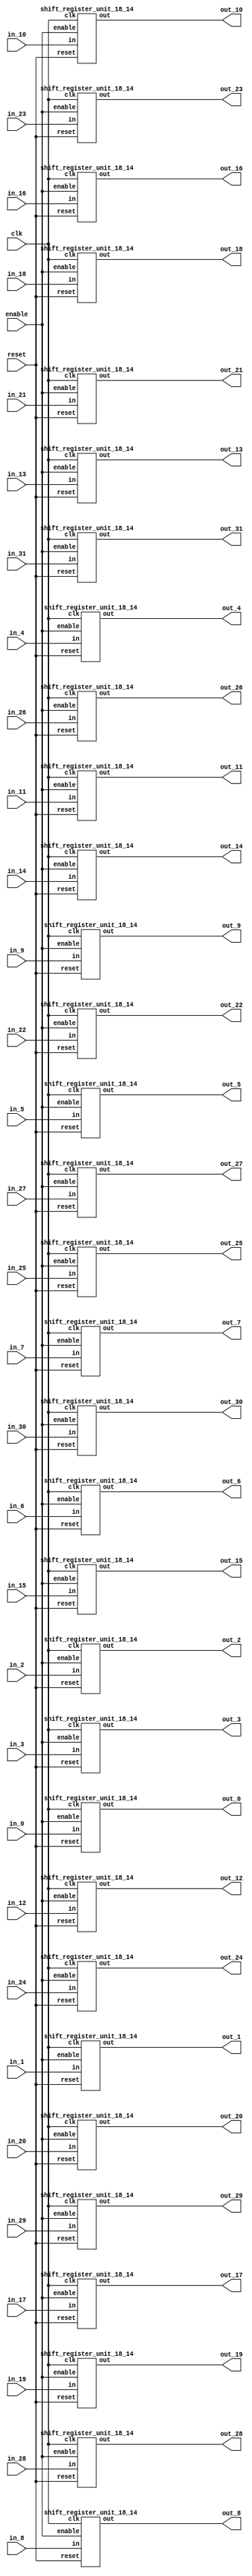
`define SIMULATION_MEMORY

module shift_register_group_18_32_14 (
	input clk,
	input enable,
	input [17:0] in_0,
	output [17:0] out_0,
	input [17:0] in_1,
	output [17:0] out_1,
	input [17:0] in_2,
	output [17:0] out_2,
	input [17:0] in_3,
	output [17:0] out_3,
	input [17:0] in_4,
	output [17:0] out_4,
	input [17:0] in_5,
	output [17:0] out_5,
	input [17:0] in_6,
	output [17:0] out_6,
	input [17:0] in_7,
	output [17:0] out_7,
	input [17:0] in_8,
	output [17:0] out_8,
	input [17:0] in_9,
	output [17:0] out_9,
	input [17:0] in_10,
	output [17:0] out_10,
	input [17:0] in_11,
	output [17:0] out_11,
	input [17:0] in_12,
	output [17:0] out_12,
	input [17:0] in_13,
	output [17:0] out_13,
	input [17:0] in_14,
	output [17:0] out_14,
	input [17:0] in_15,
	output [17:0] out_15,
	input [17:0] in_16,
	output [17:0] out_16,
	input [17:0] in_17,
	output [17:0] out_17,
	input [17:0] in_18,
	output [17:0] out_18,
	input [17:0] in_19,
	output [17:0] out_19,
	input [17:0] in_20,
	output [17:0] out_20,
	input [17:0] in_21,
	output [17:0] out_21,
	input [17:0] in_22,
	output [17:0] out_22,
	input [17:0] in_23,
	output [17:0] out_23,
	input [17:0] in_24,
	output [17:0] out_24,
	input [17:0] in_25,
	output [17:0] out_25,
	input [17:0] in_26,
	output [17:0] out_26,
	input [17:0] in_27,
	output [17:0] out_27,
	input [17:0] in_28,
	output [17:0] out_28,
	input [17:0] in_29,
	output [17:0] out_29,
	input [17:0] in_30,
	output [17:0] out_30,
	input [17:0] in_31,
	output [17:0] out_31,
	input reset
);

shift_register_unit_18_14 shift_register_unit_18_14_inst_0 (
	.clk(clk),
	.reset(reset),
	.enable(enable),
	.in(in_0),
	.out(out_0)
);

shift_register_unit_18_14 shift_register_unit_18_14_inst_1 (
	.clk(clk),
	.reset(reset),
	.enable(enable),
	.in(in_1),
	.out(out_1)
);

shift_register_unit_18_14 shift_register_unit_18_14_inst_2 (
	.clk(clk),
	.reset(reset),
	.enable(enable),
	.in(in_2),
	.out(out_2)
);

shift_register_unit_18_14 shift_register_unit_18_14_inst_3 (
	.clk(clk),
	.reset(reset),
	.enable(enable),
	.in(in_3),
	.out(out_3)
);

shift_register_unit_18_14 shift_register_unit_18_14_inst_4 (
	.clk(clk),
	.reset(reset),
	.enable(enable),
	.in(in_4),
	.out(out_4)
);

shift_register_unit_18_14 shift_register_unit_18_14_inst_5 (
	.clk(clk),
	.reset(reset),
	.enable(enable),
	.in(in_5),
	.out(out_5)
);

shift_register_unit_18_14 shift_register_unit_18_14_inst_6 (
	.clk(clk),
	.reset(reset),
	.enable(enable),
	.in(in_6),
	.out(out_6)
);

shift_register_unit_18_14 shift_register_unit_18_14_inst_7 (
	.clk(clk),
	.reset(reset),
	.enable(enable),
	.in(in_7),
	.out(out_7)
);

shift_register_unit_18_14 shift_register_unit_18_14_inst_8 (
	.clk(clk),
	.reset(reset),
	.enable(enable),
	.in(in_8),
	.out(out_8)
);

shift_register_unit_18_14 shift_register_unit_18_14_inst_9 (
	.clk(clk),
	.reset(reset),
	.enable(enable),
	.in(in_9),
	.out(out_9)
);

shift_register_unit_18_14 shift_register_unit_18_14_inst_10 (
	.clk(clk),
	.reset(reset),
	.enable(enable),
	.in(in_10),
	.out(out_10)
);

shift_register_unit_18_14 shift_register_unit_18_14_inst_11 (
	.clk(clk),
	.reset(reset),
	.enable(enable),
	.in(in_11),
	.out(out_11)
);

shift_register_unit_18_14 shift_register_unit_18_14_inst_12 (
	.clk(clk),
	.reset(reset),
	.enable(enable),
	.in(in_12),
	.out(out_12)
);

shift_register_unit_18_14 shift_register_unit_18_14_inst_13 (
	.clk(clk),
	.reset(reset),
	.enable(enable),
	.in(in_13),
	.out(out_13)
);

shift_register_unit_18_14 shift_register_unit_18_14_inst_14 (
	.clk(clk),
	.reset(reset),
	.enable(enable),
	.in(in_14),
	.out(out_14)
);

shift_register_unit_18_14 shift_register_unit_18_14_inst_15 (
	.clk(clk),
	.reset(reset),
	.enable(enable),
	.in(in_15),
	.out(out_15)
);

shift_register_unit_18_14 shift_register_unit_18_14_inst_16 (
	.clk(clk),
	.reset(reset),
	.enable(enable),
	.in(in_16),
	.out(out_16)
);

shift_register_unit_18_14 shift_register_unit_18_14_inst_17 (
	.clk(clk),
	.reset(reset),
	.enable(enable),
	.in(in_17),
	.out(out_17)
);

shift_register_unit_18_14 shift_register_unit_18_14_inst_18 (
	.clk(clk),
	.reset(reset),
	.enable(enable),
	.in(in_18),
	.out(out_18)
);

shift_register_unit_18_14 shift_register_unit_18_14_inst_19 (
	.clk(clk),
	.reset(reset),
	.enable(enable),
	.in(in_19),
	.out(out_19)
);

shift_register_unit_18_14 shift_register_unit_18_14_inst_20 (
	.clk(clk),
	.reset(reset),
	.enable(enable),
	.in(in_20),
	.out(out_20)
);

shift_register_unit_18_14 shift_register_unit_18_14_inst_21 (
	.clk(clk),
	.reset(reset),
	.enable(enable),
	.in(in_21),
	.out(out_21)
);

shift_register_unit_18_14 shift_register_unit_18_14_inst_22 (
	.clk(clk),
	.reset(reset),
	.enable(enable),
	.in(in_22),
	.out(out_22)
);

shift_register_unit_18_14 shift_register_unit_18_14_inst_23 (
	.clk(clk),
	.reset(reset),
	.enable(enable),
	.in(in_23),
	.out(out_23)
);

shift_register_unit_18_14 shift_register_unit_18_14_inst_24 (
	.clk(clk),
	.reset(reset),
	.enable(enable),
	.in(in_24),
	.out(out_24)
);

shift_register_unit_18_14 shift_register_unit_18_14_inst_25 (
	.clk(clk),
	.reset(reset),
	.enable(enable),
	.in(in_25),
	.out(out_25)
);

shift_register_unit_18_14 shift_register_unit_18_14_inst_26 (
	.clk(clk),
	.reset(reset),
	.enable(enable),
	.in(in_26),
	.out(out_26)
);

shift_register_unit_18_14 shift_register_unit_18_14_inst_27 (
	.clk(clk),
	.reset(reset),
	.enable(enable),
	.in(in_27),
	.out(out_27)
);

shift_register_unit_18_14 shift_register_unit_18_14_inst_28 (
	.clk(clk),
	.reset(reset),
	.enable(enable),
	.in(in_28),
	.out(out_28)
);

shift_register_unit_18_14 shift_register_unit_18_14_inst_29 (
	.clk(clk),
	.reset(reset),
	.enable(enable),
	.in(in_29),
	.out(out_29)
);

shift_register_unit_18_14 shift_register_unit_18_14_inst_30 (
	.clk(clk),
	.reset(reset),
	.enable(enable),
	.in(in_30),
	.out(out_30)
);

shift_register_unit_18_14 shift_register_unit_18_14_inst_31 (
	.clk(clk),
	.reset(reset),
	.enable(enable),
	.in(in_31),
	.out(out_31)
);

endmodule
module shift_register_unit_18_14 (
	input clk,
	input reset,
	input enable,
	input [17:0] in,
	output [17:0] out
);

reg [17:0] shift_registers_0;
reg [17:0] shift_registers_1;
reg [17:0] shift_registers_2;
reg [17:0] shift_registers_3;
reg [17:0] shift_registers_4;
reg [17:0] shift_registers_5;
reg [17:0] shift_registers_6;
reg [17:0] shift_registers_7;
reg [17:0] shift_registers_8;
reg [17:0] shift_registers_9;
reg [17:0] shift_registers_10;
reg [17:0] shift_registers_11;
reg [17:0] shift_registers_12;
reg [17:0] shift_registers_13;
always @ (posedge clk) begin
	if (reset) begin
		shift_registers_0 <= 18'd0;
		shift_registers_1 <= 18'd0;
		shift_registers_2 <= 18'd0;
		shift_registers_3 <= 18'd0;
		shift_registers_4 <= 18'd0;
		shift_registers_5 <= 18'd0;
		shift_registers_6 <= 18'd0;
		shift_registers_7 <= 18'd0;
		shift_registers_8 <= 18'd0;
		shift_registers_9 <= 18'd0;
		shift_registers_10 <= 18'd0;
		shift_registers_11 <= 18'd0;
		shift_registers_12 <= 18'd0;
		shift_registers_13 <= 18'd0;
	end else if (enable) begin
		shift_registers_0 <= in;
		shift_registers_1 <= shift_registers_0;
		shift_registers_2 <= shift_registers_1;
		shift_registers_3 <= shift_registers_2;
		shift_registers_4 <= shift_registers_3;
		shift_registers_5 <= shift_registers_4;
		shift_registers_6 <= shift_registers_5;
		shift_registers_7 <= shift_registers_6;
		shift_registers_8 <= shift_registers_7;
		shift_registers_9 <= shift_registers_8;
		shift_registers_10 <= shift_registers_9;
		shift_registers_11 <= shift_registers_10;
		shift_registers_12 <= shift_registers_11;
		shift_registers_13 <= shift_registers_12;
	end
end

assign out = shift_registers_13;

endmodule